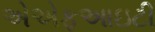
એએફઆઇટી